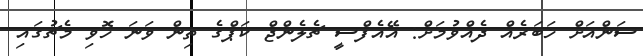
ސަންއަށް ޚަބަރެއް ދެއްވުމަށް: އޭއެފްސީ ޗެލެންޖް ކަޕްގެ ތިން ވަނަ ހޮވި މެޗުގައި